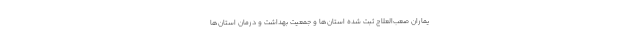
یماران صعب‌العلاج ثبت شدهٔ استان‌ها و جمعیت بهداشت و درمان استان‌ها